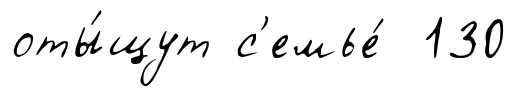
оты́щут с'емье́ 130